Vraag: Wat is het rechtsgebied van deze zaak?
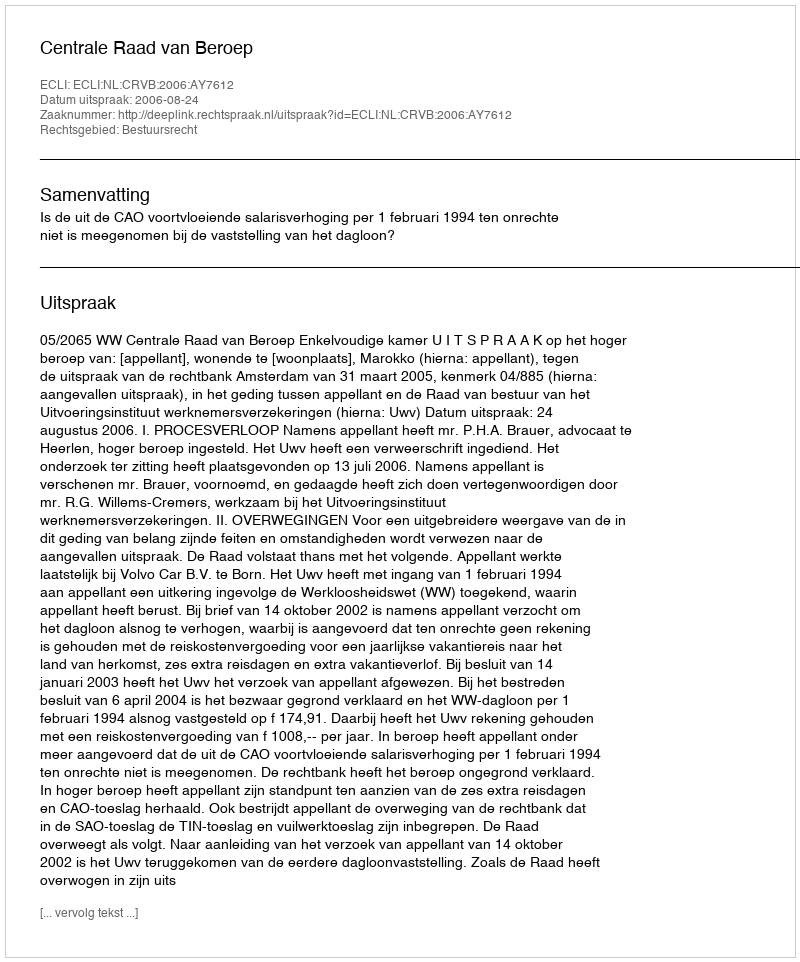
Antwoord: Bestuursrecht